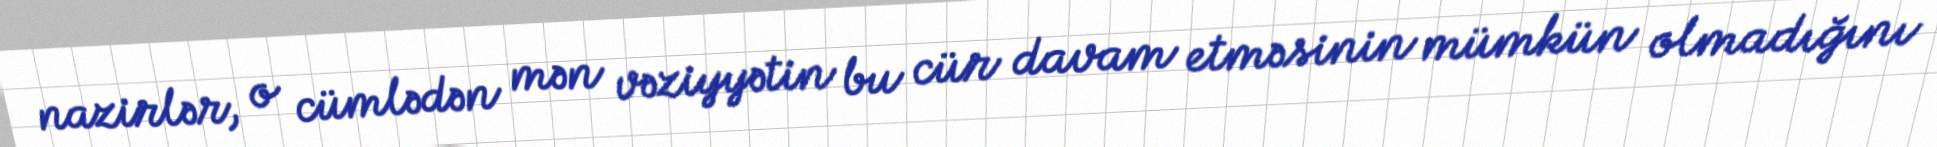
nazirlər, o cümlədən mən vəziyyətin bu cür davam etməsinin mümkün olmadığını